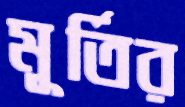
মূর্তির